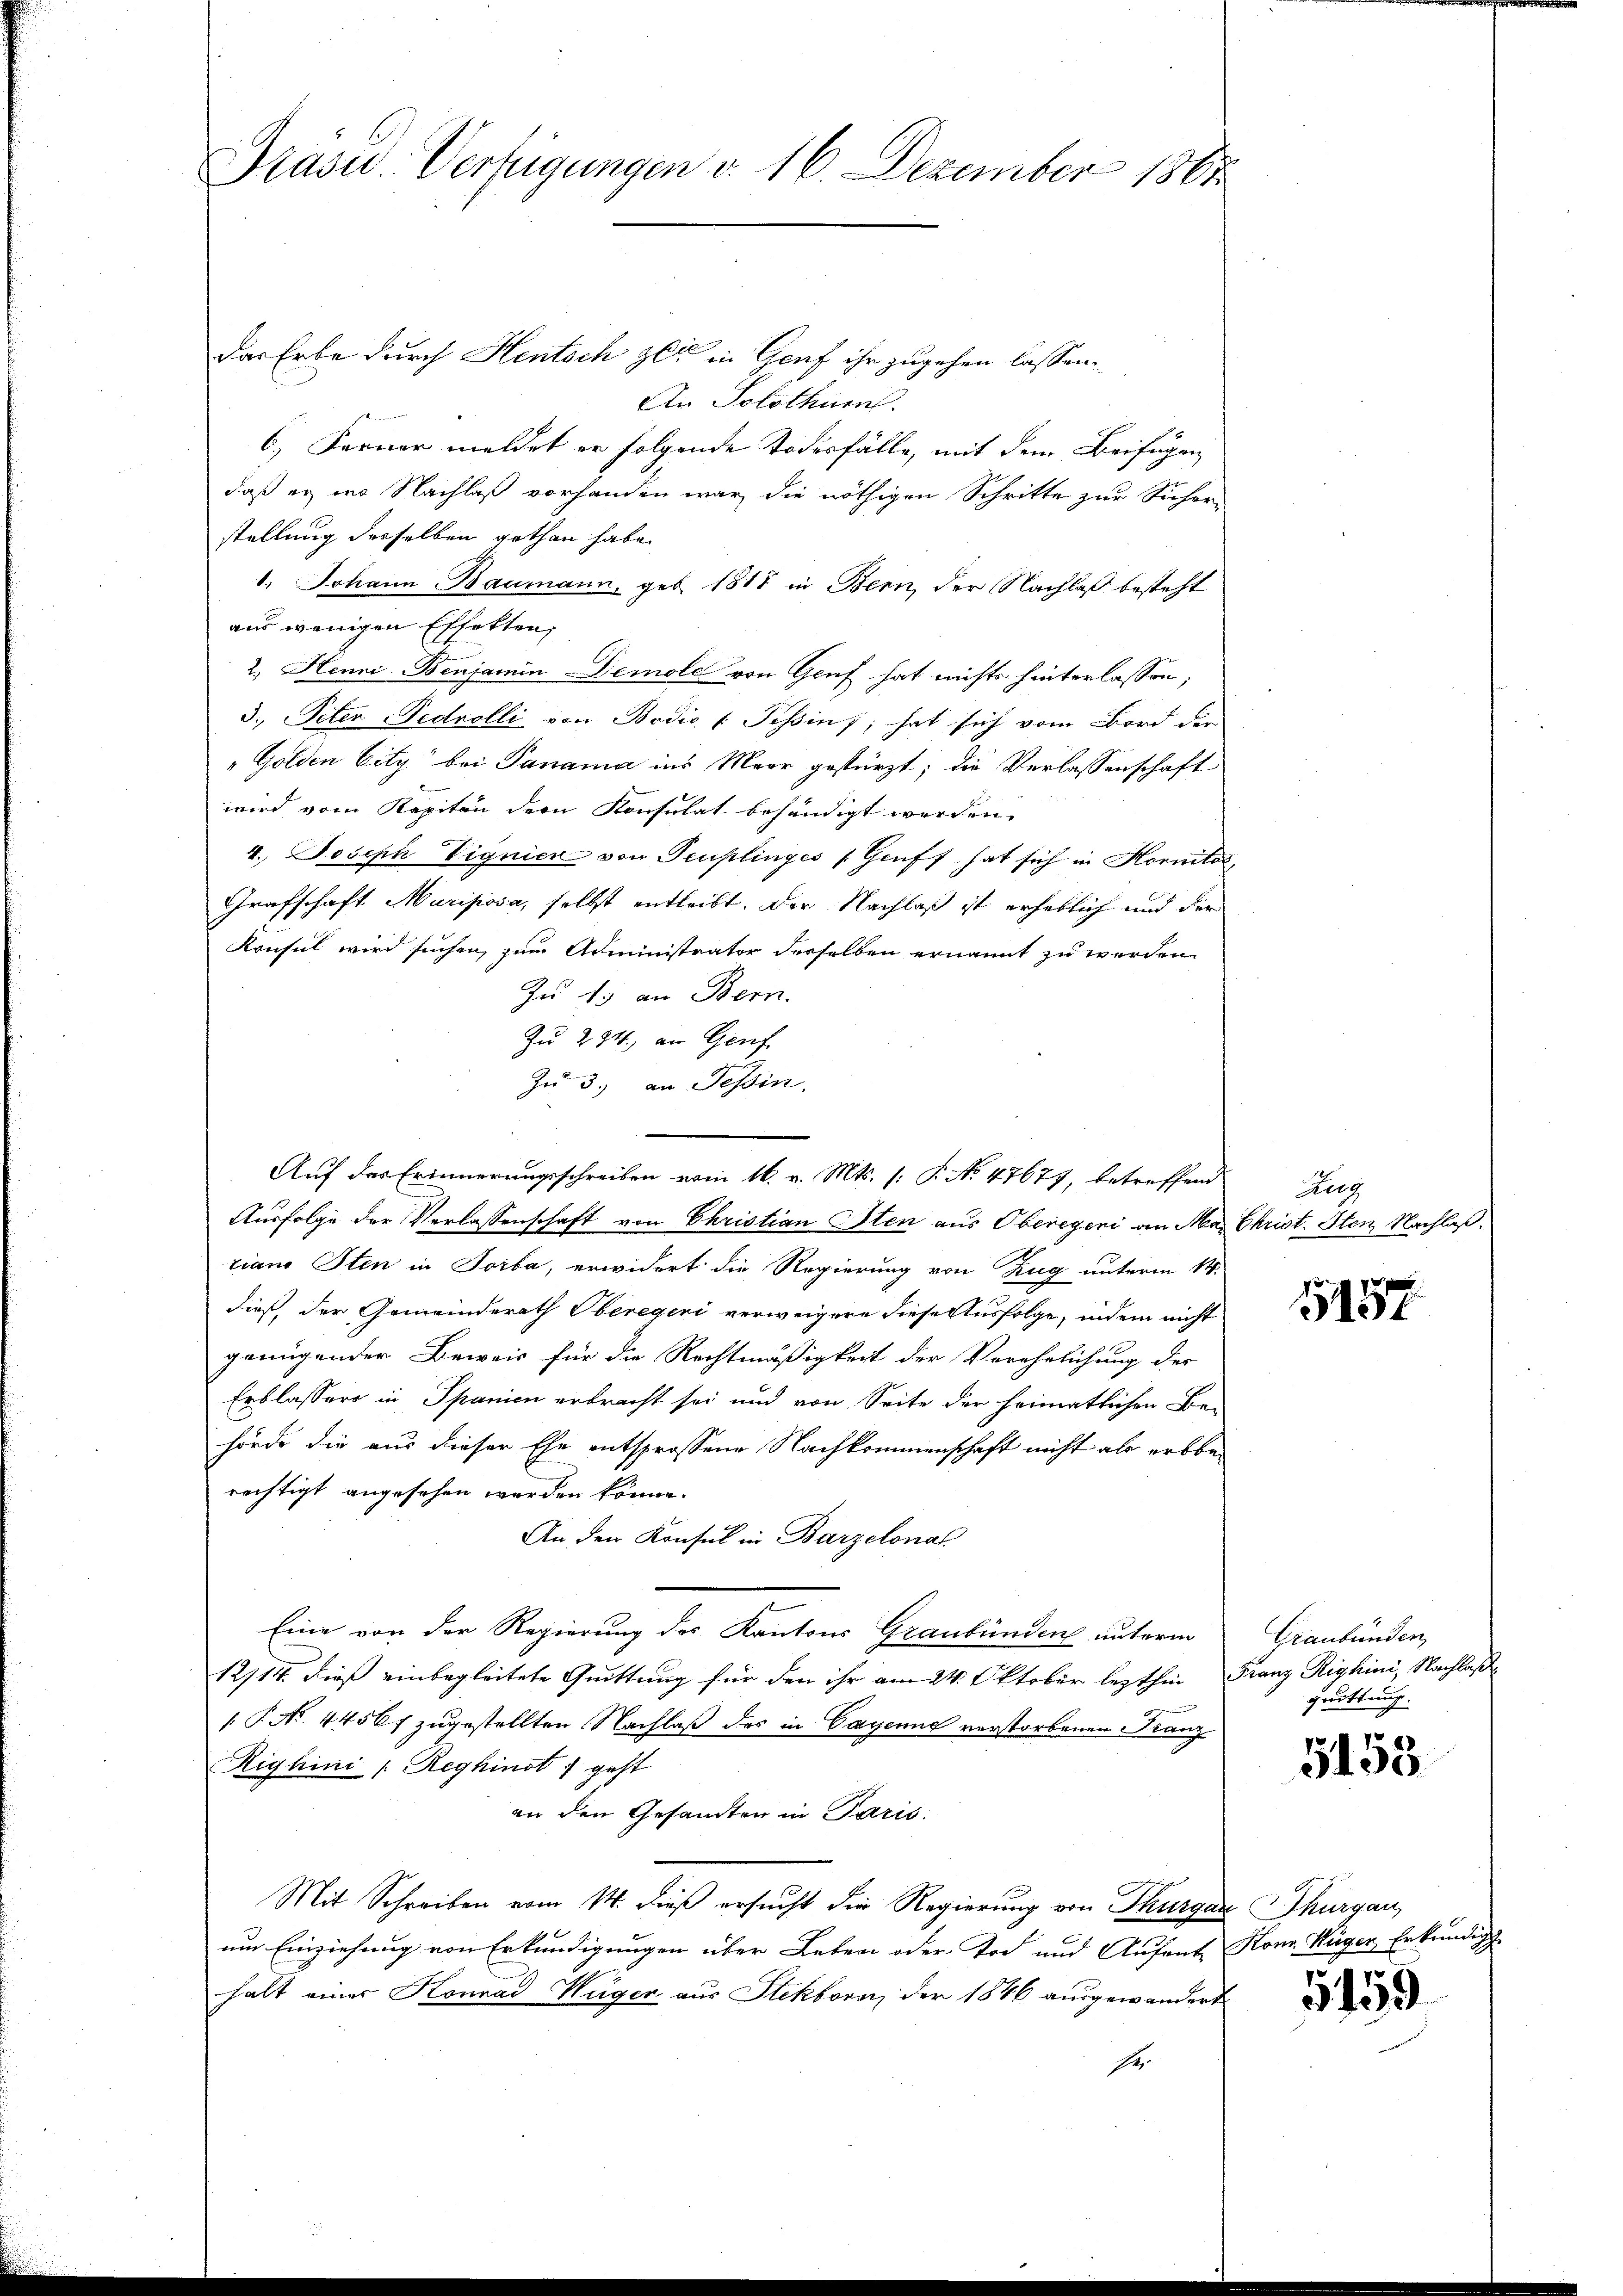
Präsid.. Verfügungen d. 16. Dezember 1861

Das Erbe durch Hentsch zu in Genf ihr zugehen lassen.
An Solothum.
6) Ferner meldet er folgende Todesfälle, mit dem Beifügen
daß er in Nachlaß vorhanden war die nöthigen Schritte zur Sicher-
stellung desselben gethan habe.
1. Johann Baumann, geb. 1817 in Bern, der Nachlaß besteht
aus wenigen Effekten,
2. Henni Benjamin Demole von Genf hat nichts hinterlassen,
3. Peter Pedvolli von Bodis v. Tessin; hat sich vom Bord die
"Golden Eity bei Panama ins Moor gestürzt; die Verlassenschaft
wird vom Kapitän der Konsulat behändigt werden.
4. Joseph Vignien von Teuflinges (Gruft hat sich in Hornität,
Grafschaft Mariposa, selbst entleibt. Der Nachlaß ist erheblich und der
Konsul wird suchen, zum Administrator derselben ernannt zu werden
Zu 15 an Bern.
Zu 294. an Genf.
Zu 3.) an Tessin.
Ausfolge der Verlassenschaft von Christian Sten aus Oberegen an Ma Christ. Sten Nachlaß
riano Iten in Soiba, erwidert die Regierung von Zug unterm 14.
dieß der Gemeinderath Oberegeri verweigere diese Ausfolge, indem nicht
genügender Beweis für die Rechtmäßigkeit der Verehelichung der
Erblassers in Spanien erbracht sei und von Seite der heimatlichen Be-
hörde die aus dieser Ehe entsprossene Nachkommenschaft nicht als erbberechtigt angesehen werden könne.
An der Konsul in Barzelonal
Eine von der Regierung des Kantons Graubünden unterm
12714. dieß einbegleitete Quittung für den ihr am 24. Oktober lezten Franz Righini, Nachlaß¬
 P. Nr. 4456f zugestellten Nachlaß des in Cayenne verstorbenen Franz
Righini (Reghinst geht
an den Gesamten in Paris.
Mit Schreiben vom 14. dieß ersucht die Regierung von Thurgau Thurgau,
um Einziehung von Erkundigungen über Leben oder Tod und Aufent Konr. Hüger, Erkundig
halt einer Konrad Wäger aus Stikborn, der 1846 ausgewandert
He

Auf das Erinnerungsschreiben vom 16. v. Mts. (: P. No 47677, betreffend

Zug

5157

Graubünden
quittung.

5153

5159